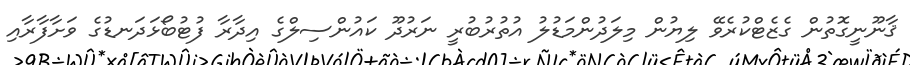
ޤާނޫނީގޮތުން ގެޒެޓްކުރެވޭ ލިޔުން މިލަދުންމަޑުލު އުތުރުބުރީ ނަރުދޫ ކައުންސިލްގެ އިދާރާ ފުޓުބޯޅަދަނޑުގެ ވަށާފާރާއި